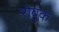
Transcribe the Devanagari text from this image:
रोबुक